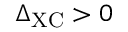
\Delta _ { \mathrm { X C } } > 0